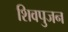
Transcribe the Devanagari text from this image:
शिवपुजन